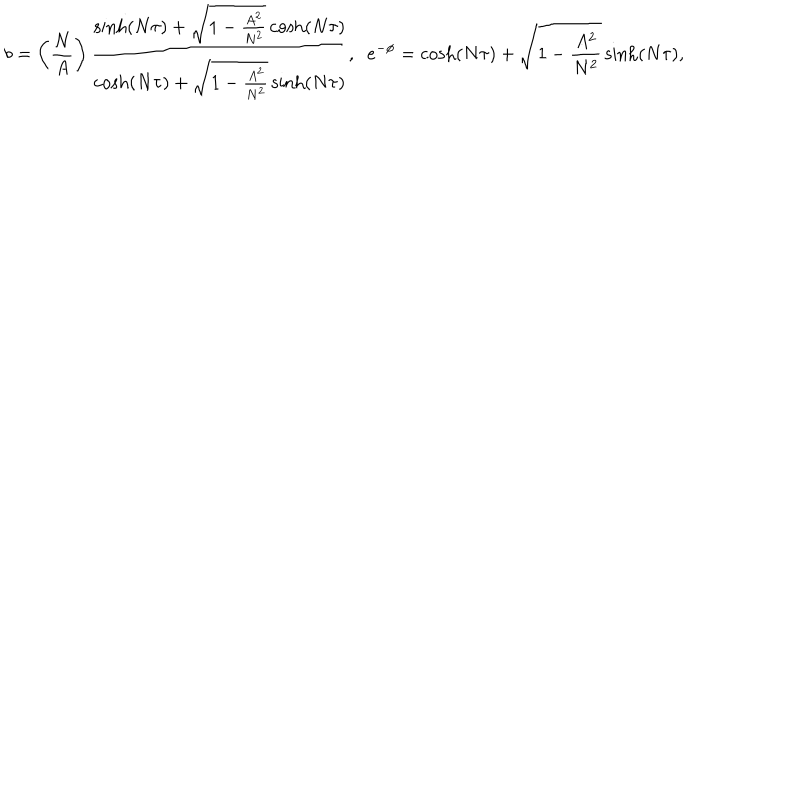
b = \left( \frac { N } { A } \right) \frac { \sinh ( N \tau ) + \sqrt { 1 - \frac { A ^ { 2 } } { N ^ { 2 } } } \cosh ( N \tau ) } { \cosh ( N \tau ) + \sqrt { 1 - \frac { A ^ { 2 } } { N ^ { 2 } } } \sinh ( N \tau ) } , \; \; e ^ { - \phi } = \cosh ( N \tau ) + \sqrt { 1 - \frac { A ^ { 2 } } { N ^ { 2 } } } \sinh ( N \tau ) ,